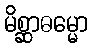
မိစ္ဆာဓမ္မော